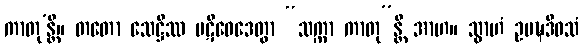
ကာတု’န္တိ။ တတော သေဋ္ဌိဿ ပဋိဝေဒေတွာ “သက္ကာ ကာတု”န္တိ အာဟ။ သွာဟံ ဥပဍ္ဎဒိဝသံ